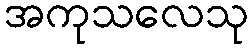
အကုသလေသု